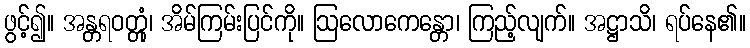
ဖွင့်၍။ အန္တရဝတ္တုံ၊ အိမ်ကြမ်းပြင်ကို။ ဩလောကေန္တော၊ ကြည့်လျက်။ အဋ္ဌာသိ၊ ရပ်နေ၏။